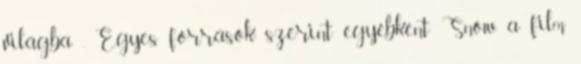
világba . Egyes források szerint egyébként Snow a film